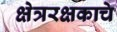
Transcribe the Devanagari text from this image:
क्षेत्ररक्षकाचे